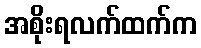
အစိုးရလက်ထက်က